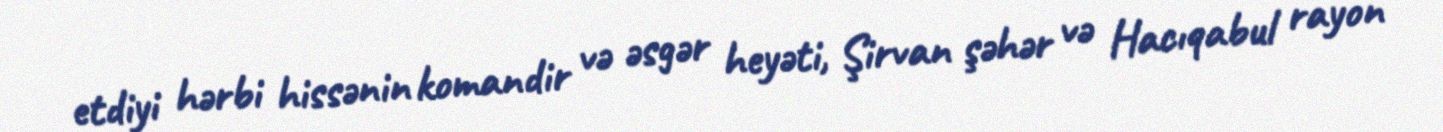
etdiyi hərbi hissənin komandir və əsgər heyəti, Şirvan şəhər və Hacıqabul rayon